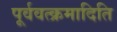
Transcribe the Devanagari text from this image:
पूर्ववत्क्रमादिति